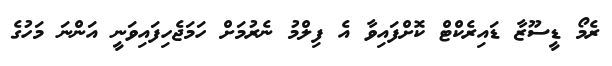
ރެމޯ ޑީސޫޒާ ޑައިރެކްޓް ކޮށްފައިވާ އެ ފިލްމު ނެރުމަށް ހަމަޖެހިފައިވަނީ އަންނަ މަހުގެ